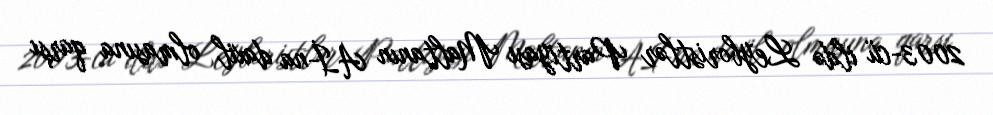
2003-cü ildə Leyboristlər Partiyası Maltanın Aİ-na daxil olmasına qarşı